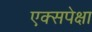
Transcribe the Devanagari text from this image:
एक्सपेक्षा